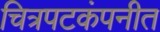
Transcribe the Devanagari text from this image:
चित्रपटकंपनीत